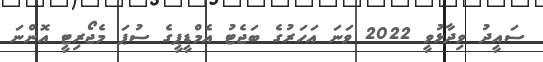
ސައީދު ވިދާޅުވީ 2022 ވަނަ އަހަރުގެ ބަޖެޓު އެމްޑީޕީގެ ސުޕަ މެޖޯރިޓީ އޮންނަ